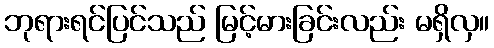
ဘုရားရင်ပြင်သည် မြင့်မားခြင်းလည်း မရှိလှ။